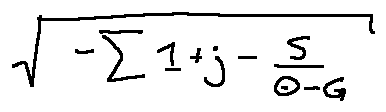
\sqrt { - \sum 1 + j - \frac { s } { \theta - G } }